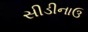
સીડીનાઉ